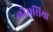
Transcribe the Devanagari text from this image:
लौरासिया